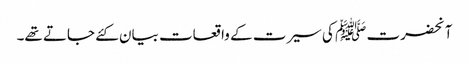
آنحضرت ﷺ کی سیرت کے واقعات بیان کئے جاتے تھے۔